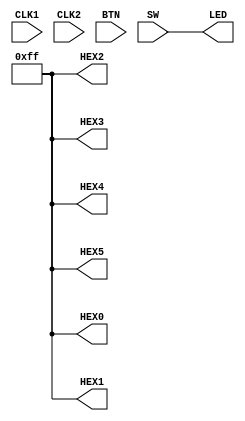
module TopModule(
    ////////// CLOCK //////////
    input               CLK1,
    input               CLK2,
    ////////// SEG7 //////////
    output  [7:0]       HEX0,
    output  [7:0]       HEX1,
    output  [7:0]       HEX2,
    output  [7:0]       HEX3,
    output  [7:0]       HEX4,
    output  [7:0]       HEX5,
    ////////// Push Button //////////
    input   [1:0]       BTN,
    ////////// LED //////////
    output   [9:0]       LED,
    ////////// SW //////////
    input   [9:0]       SW
    );

    assign LED = SW;
    assign HEX0 = 8'hff;
    assign HEX1 = 8'hff;
    assign HEX2 = 8'hff;
    assign HEX3 = 8'hff;
    assign HEX4 = 8'hff;
    assign HEX5 = 8'hff;

endmodule